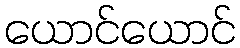
ယောင်ယောင်